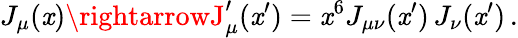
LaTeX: J_{\mu}(\mathit{x})\rightarrowJ_{\mu}^{\prime}(\mathit{x}^{\prime})=\mathit{x}^{6}J_{\mu\nu}(\mathit{x}^{\prime})\, J_{\nu}(\mathit{x}^{\prime})\, .